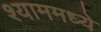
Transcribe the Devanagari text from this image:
श्याममध्ये